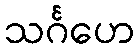
သင်္ဂဟေ